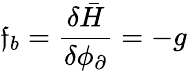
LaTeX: \mathfrak{f}_{b}=\frac{{\delta\bar{{H}}}}{{\delta\phi_{\partial}}}=-g